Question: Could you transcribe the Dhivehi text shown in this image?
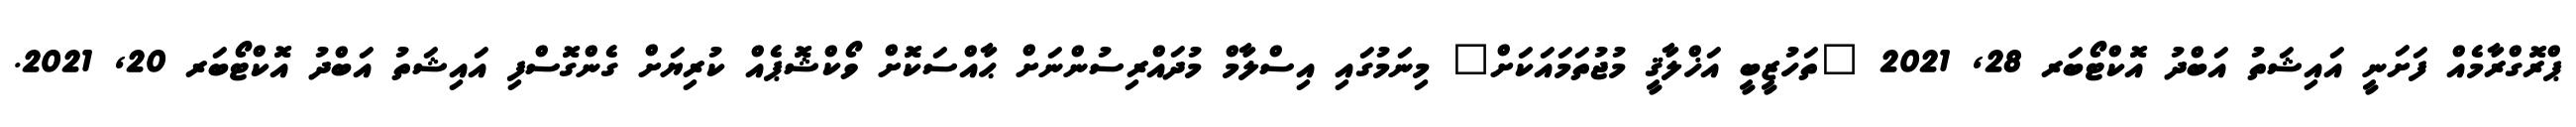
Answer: ޕްރޮގްރާމެއް ފަށަނީ އައިޝަތު އަބްދު އޮކްޓޯބަރ 28, 2021 "ތަހުޒީބީ އަޚްލާޤީ މުޖުތަމައަކަށް" މިނަމުގައި އިސްލާމް މުދައްރިސުންނަށް ޙާއްސަކޮށް ވޯކްޝޮޕެއް ކުރިޔަށް ގެންގޮސްފި އައިޝަތު އަބްދު އޮކްޓޯބަރ 20, 2021.